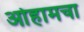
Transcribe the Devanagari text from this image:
ओहामचा